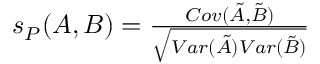
\begin{array} { r } { s _ { P } ( A , B ) = \frac { C o v ( \tilde { A } , \tilde { B } ) } { \sqrt { V a r ( \tilde { A } ) V a r ( \tilde { B } ) } } } \end{array}